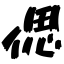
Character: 偲